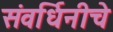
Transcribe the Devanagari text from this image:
संवर्धिनीचे